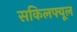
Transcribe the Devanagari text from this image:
सकिलफ्यूल